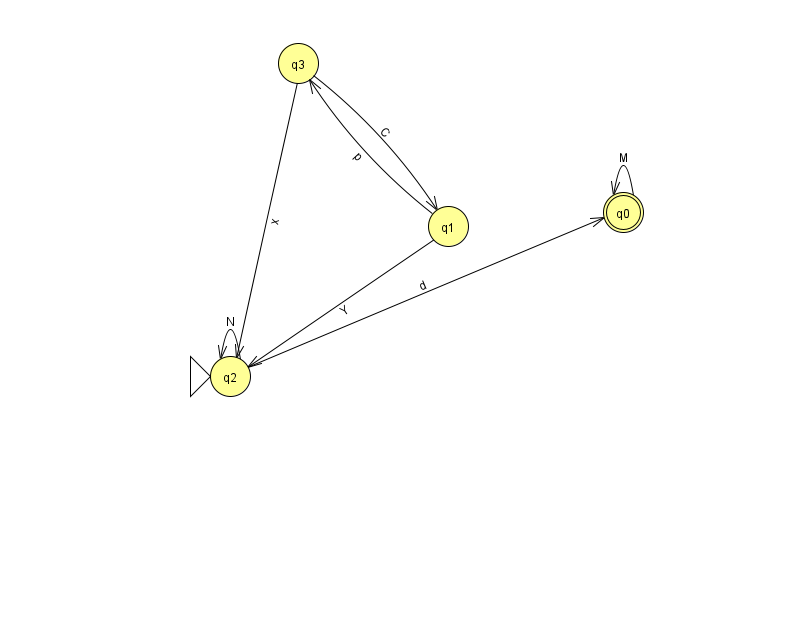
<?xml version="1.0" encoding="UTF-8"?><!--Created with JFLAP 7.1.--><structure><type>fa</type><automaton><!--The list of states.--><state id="0" name="q0"><x>623.0</x><y>199.0</y><final/></state><state id="1" name="q1"><x>448.0</x><y>213.0</y></state><state id="2" name="q2"><x>230.0</x><y>363.0</y><initial/></state><state id="3" name="q3"><x>298.0</x><y>50.0</y></state><!--The list of transitions.--><transition><from>2</from><to>0</to><read>d</read></transition><transition><from>1</from><to>2</to><read>Y</read></transition><transition><from>3</from><to>2</to><read>x</read></transition><transition><from>1</from><to>3</to><read>p</read></transition><transition><from>0</from><to>0</to><read>M</read></transition><transition><from>2</from><to>2</to><read>N</read></transition><transition><from>3</from><to>1</to><read>C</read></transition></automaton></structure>